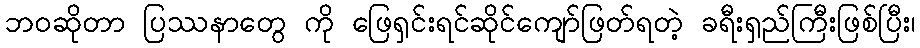
ဘဝဆိုတာ ပြဿနာတွေ ကို ဖြေရှင်းရင်ဆိုင်ကျော်ဖြတ်ရတဲ့ ခရီးရှည်ကြီးဖြစ်ပြီး၊